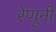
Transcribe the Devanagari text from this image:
रेणूनी